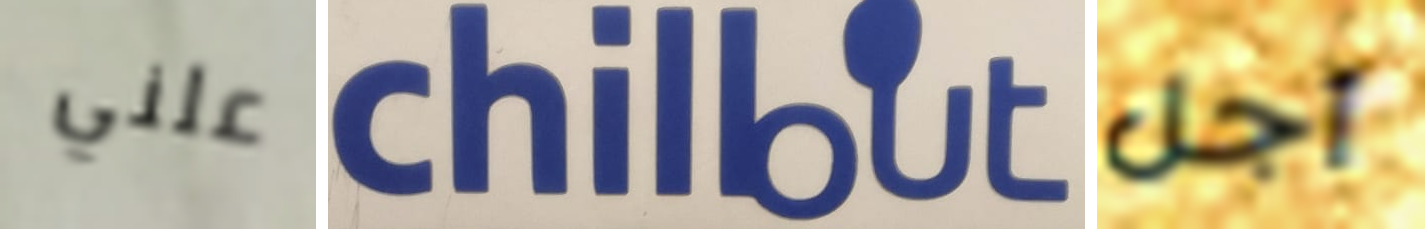
علني chillout أجل